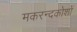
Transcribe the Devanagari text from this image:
मकरन्दकोशों